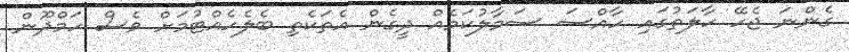
ގެންނަ ޖެހޭ ހާލަތުގައި ހާއްސަ ސަމާލުކަމެއް ދީގެން އެތަކެތި ބެލެހެއްޓުމަށް ވެސް ހަމްދޫން